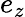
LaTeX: e_{z}